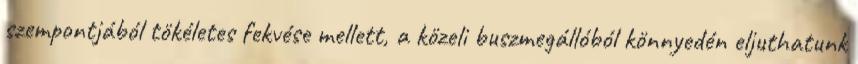
szempontjából tökéletes fekvése mellett, a közeli buszmegállóból könnyedén eljuthatunk